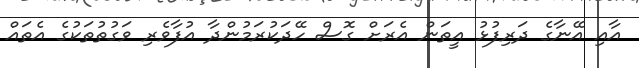
އާއި އޭނާގެ ދަރިފުޅު އީތަން އެރަށް ގޮސް ހޭދަކުރަމުންދާ އުފާވެރި ވަގުތުތަކުގެ އެތައްް